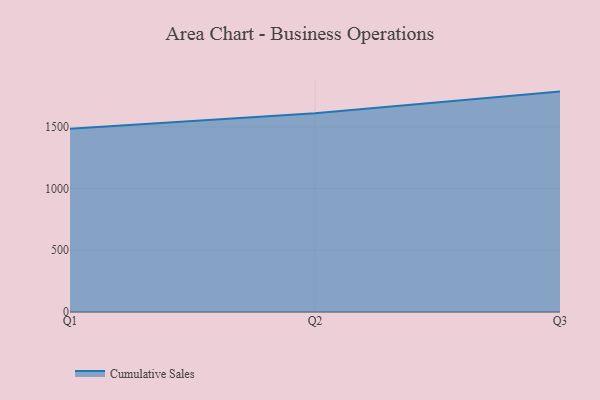
{"axis": {"x": "Quarter", "y": "Headcount"}, "legend": ["Cumulative Sales"], "data": [{"x": "Q1", "y": 1484.3, "type": "Cumulative Sales"}, {"x": "Q2", "y": 1609.9, "type": "Cumulative Sales"}, {"x": "Q3", "y": 1785.0, "type": "Cumulative Sales"}]}